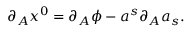
\partial _ { A } x ^ { 0 } = \partial _ { A } \phi - a ^ { s } \partial _ { A } a _ { s } .